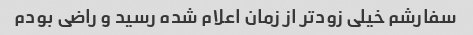
سفارشم خیلی زودتر از زمان اعلام شده رسید و راضی بودم